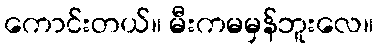
ကောင်းတယ်။ မီးကမမှန်ဘူးလေ။